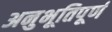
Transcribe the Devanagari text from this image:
अनुभूतिपूर्ण